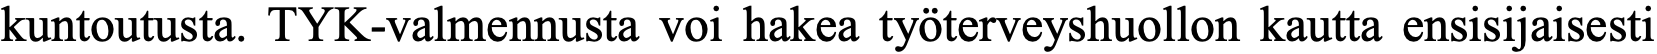
kuntoutusta. TYK-valmennusta voi hakea työterveyshuollon kautta ensisijaisesti